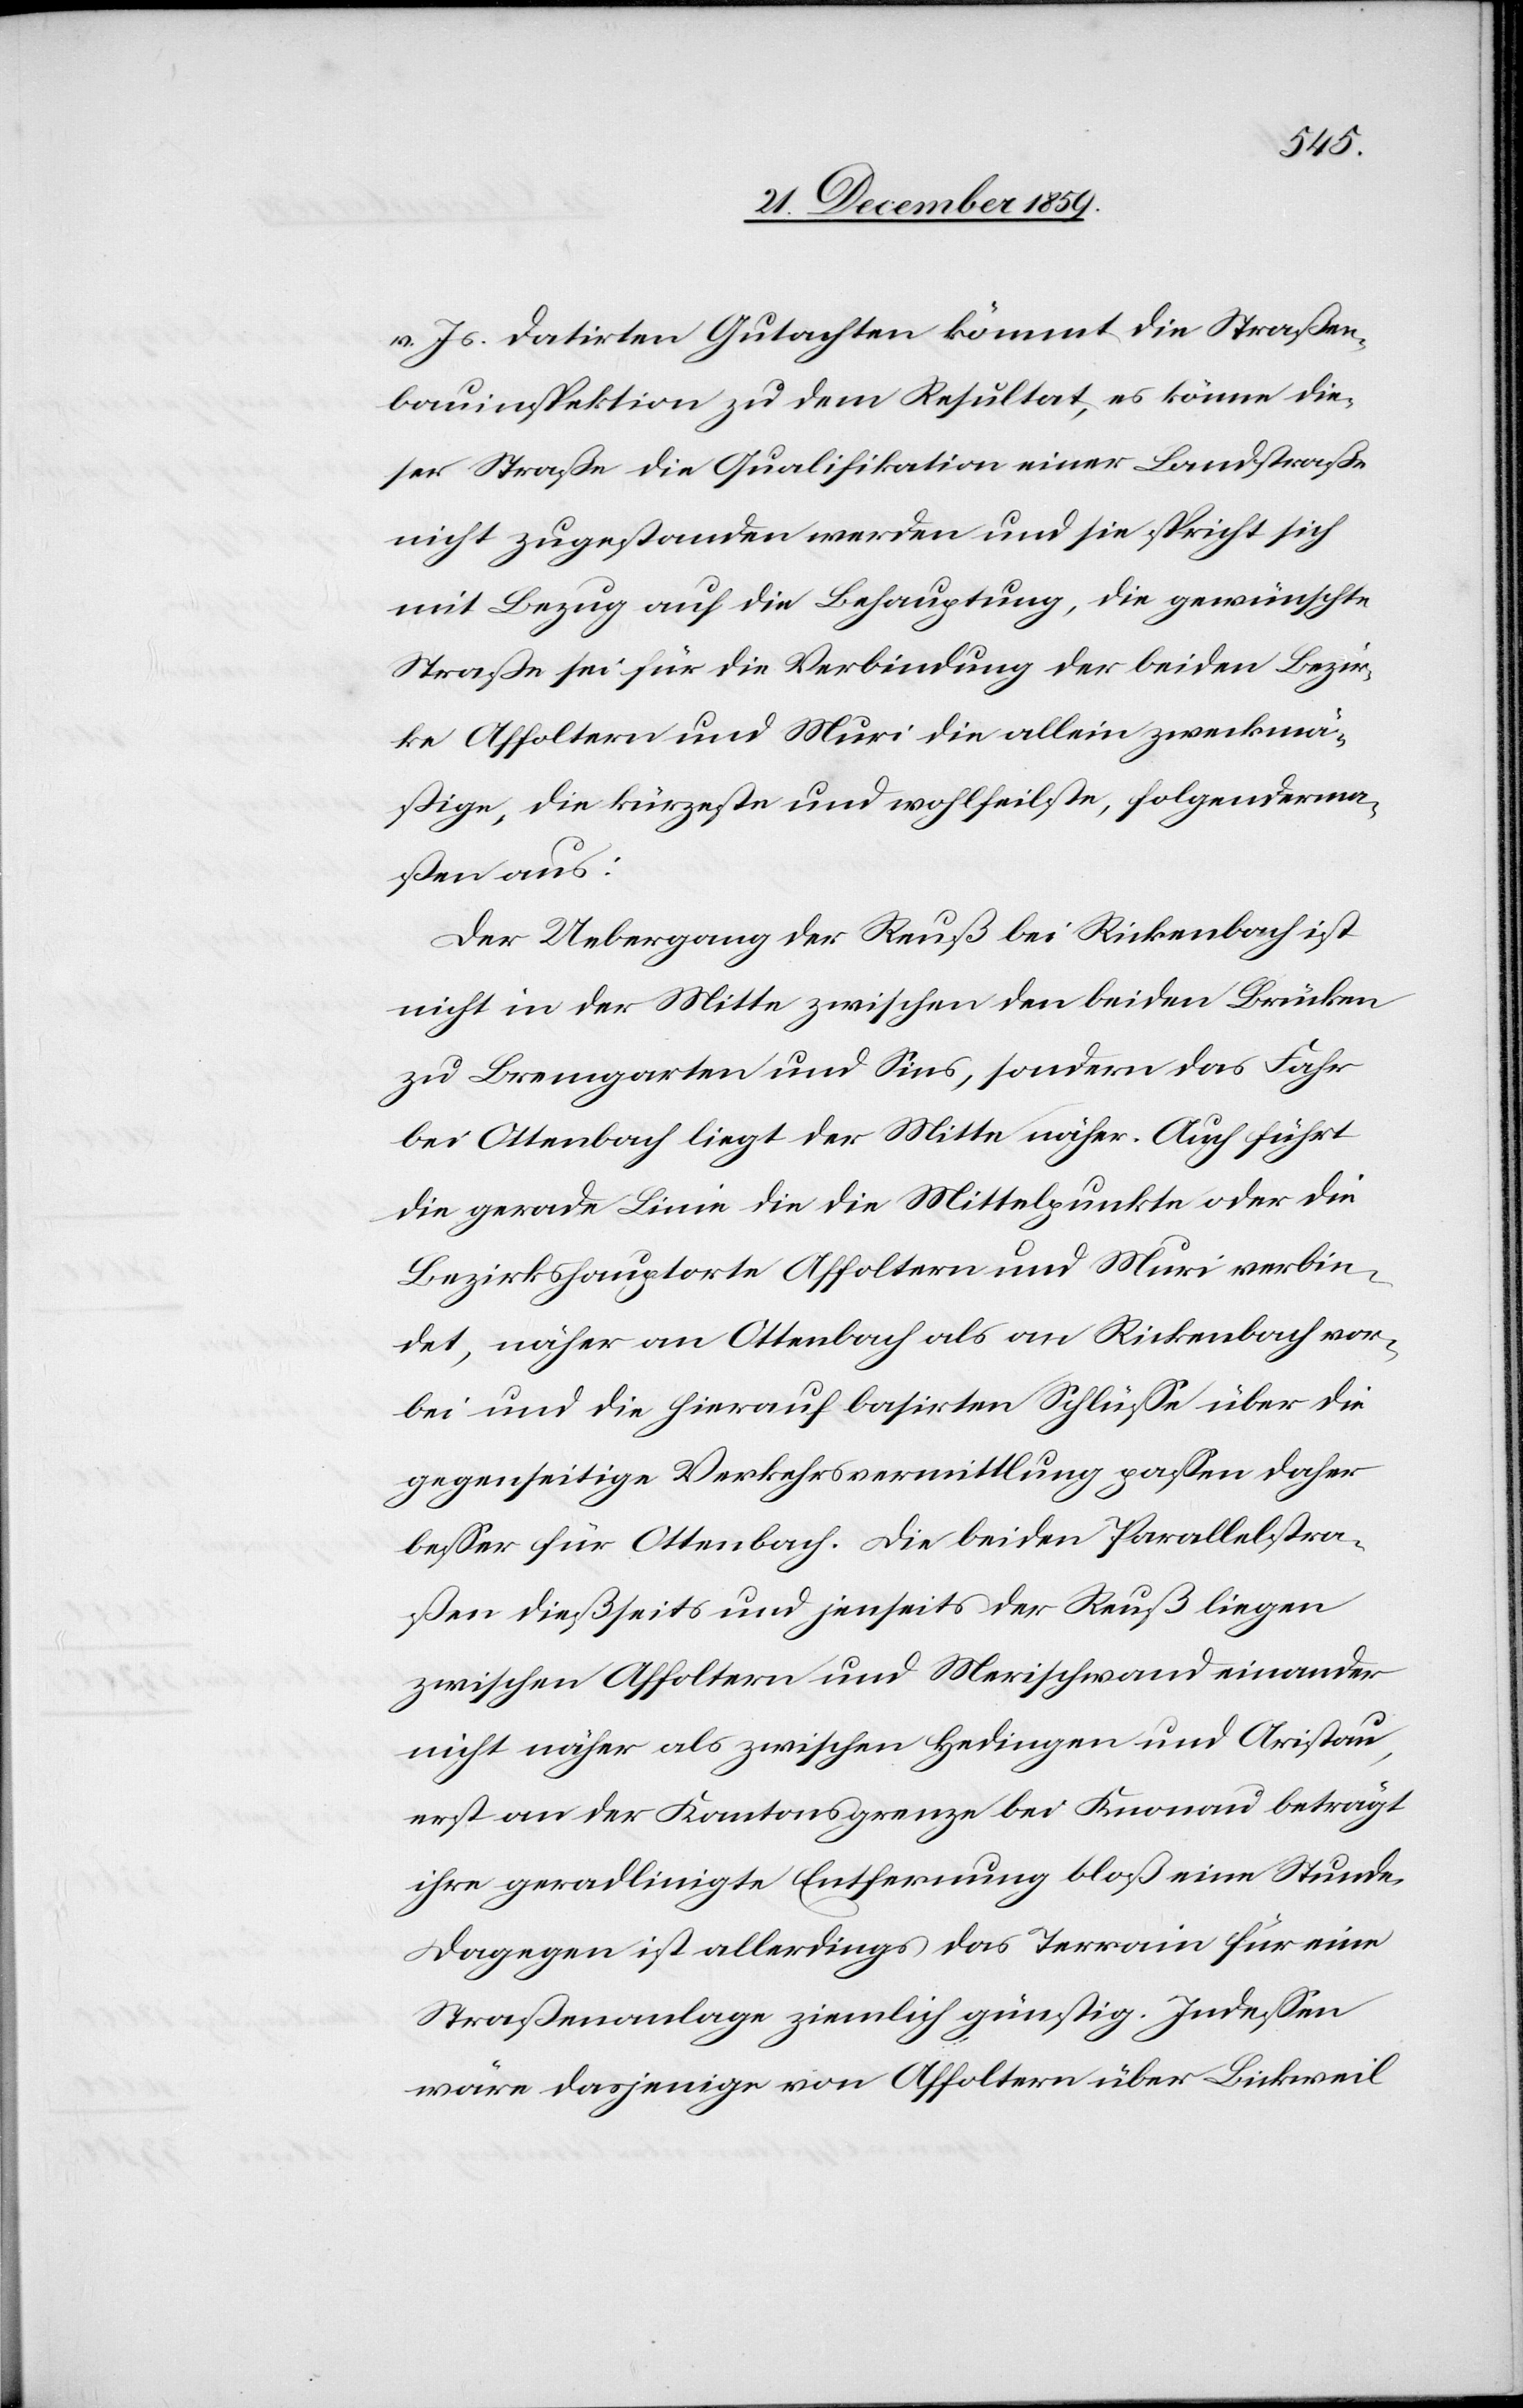
v. Js. datirten Gutachten kömmt die Straßen¬
bauinspektion zu dem Resultat, es könne die¬
ser Straße die Qualifikation einer Landstraße
nicht zugestanden werden und sie spricht sich
im Bezug auf die Behauptung, die gewünschte
Straße sei für die Verbindung der beiden Bezir¬
ke Affoltern und Muri die allein zweckmä¬
ßige, die kürzeste und wohlfeilste, folgenderma¬
ßen aus:
Der Uebergang der Reuß bei Rickenbach ist
nicht in der Mitte zwischen den beiden Brücken
zu Bremgarten und Sins, sondern das Fahr
bei Ottenbach liegt der Mitte näher. Auch führt
die gerade Linie die die Mittelpunkte oder die
Bezirkshauptorte Affoltern und Muri verbin¬
det, näher an Ottenbach als an Rickenbach vor¬
bei und die hierauf basirten Schlüsse über die
gegenseitige Verkehrsvermittlung passen daher
besser für Ottenbach. Die beiden Parallelstra¬
ßen dießseits und jenseits der Reuß liegen
zwischen Affoltern und Merischwand einander
nicht näher als zwischen Hedingen und Aristau,
erst an der Kantonsgrenze bei Knonau beträgt
ihre geradlinigte Entfernung bloß eine Stunde.
Dagegen ist allerdings das Terrain für eine
Straßenanlage ziemlich günstig. Indessen
wäre dasjenige von Affoltern über Bickweil